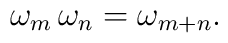
\omega_m \, \omega_n = \omega_{m+n}.